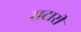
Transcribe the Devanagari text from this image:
सटारी